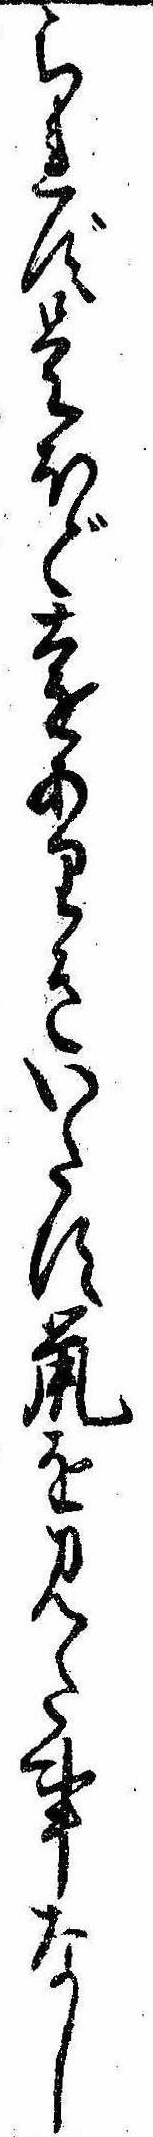
られず是ほど遠ありきいたす鼠を見た事なし